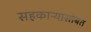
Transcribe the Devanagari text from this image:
सहकाऱ्यासोबत